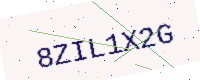
Text: 8ZIL1X2G